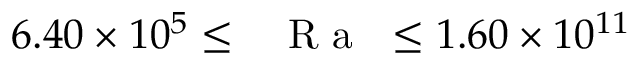
6 . 4 0 \times 1 0 ^ { 5 } \leq \mathrm { ~ \textit ~ { ~ R ~ a ~ } ~ } \leq 1 . 6 0 \times 1 0 ^ { 1 1 }